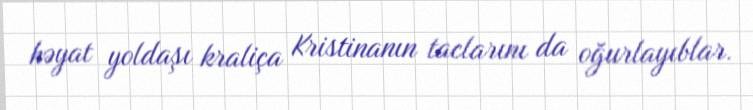
həyat yoldaşı kraliça Kristinanın taclarını da oğurlayıblar.